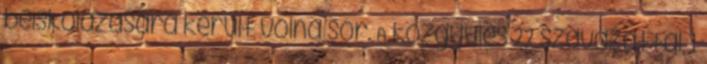
beiskolázására került volna sor. A közgyűlés 22 szavazattal, 1